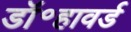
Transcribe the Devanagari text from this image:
डॉ॰हावर्ड